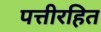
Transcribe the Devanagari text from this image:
पत्तीरहित